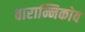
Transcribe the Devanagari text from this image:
वारान्निकोव